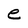
Character: e